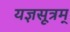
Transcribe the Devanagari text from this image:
यज्ञसूत्रम्